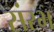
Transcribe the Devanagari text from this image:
संरभ